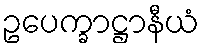
ဥပေက္ခာဋ္ဌာနီယံ